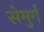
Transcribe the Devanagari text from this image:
सेमुर्ग